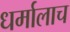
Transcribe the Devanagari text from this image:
धर्मालाच